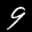
Label: 9